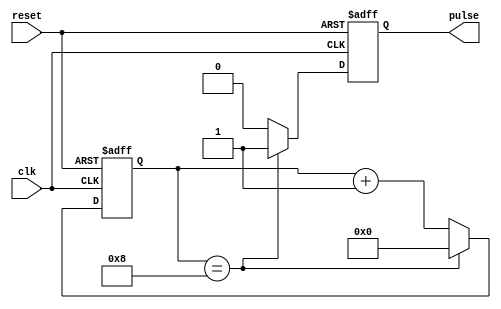
module PulseGenerator (
    input wire clk,
    input wire reset,
    output reg pulse
);

parameter THRESHOLD = 8; // Predefined threshold value

reg [3:0] counter; // Counter to keep track of time intervals

always @(posedge clk or posedge reset) begin
    if (reset) begin
        counter <= 0;
        pulse <= 0;
    end
    else begin
        if (counter == THRESHOLD) begin
            pulse <= 1;
            counter <= 0;
        end
        else begin
            pulse <= 0;
            counter <= counter + 1;
        end
    end
end

endmodule